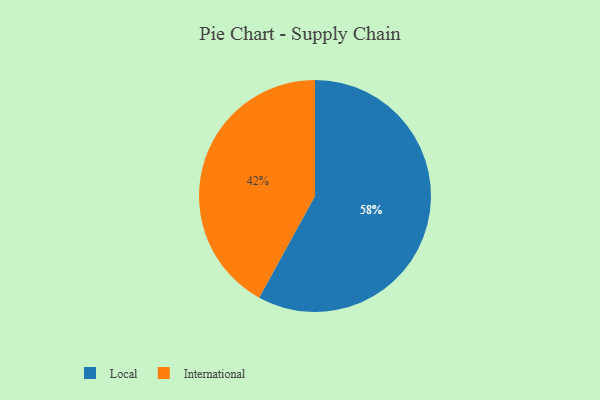
{"axis": {"x": "Category", "y": "Percentage"}, "legend": ["International", "Local"], "data": [{"x": "International", "y": 42, "type": "International"}, {"x": "Local", "y": 58, "type": "Local"}]}